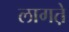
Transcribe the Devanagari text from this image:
लागत़े